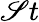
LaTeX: \mathscr{S}t